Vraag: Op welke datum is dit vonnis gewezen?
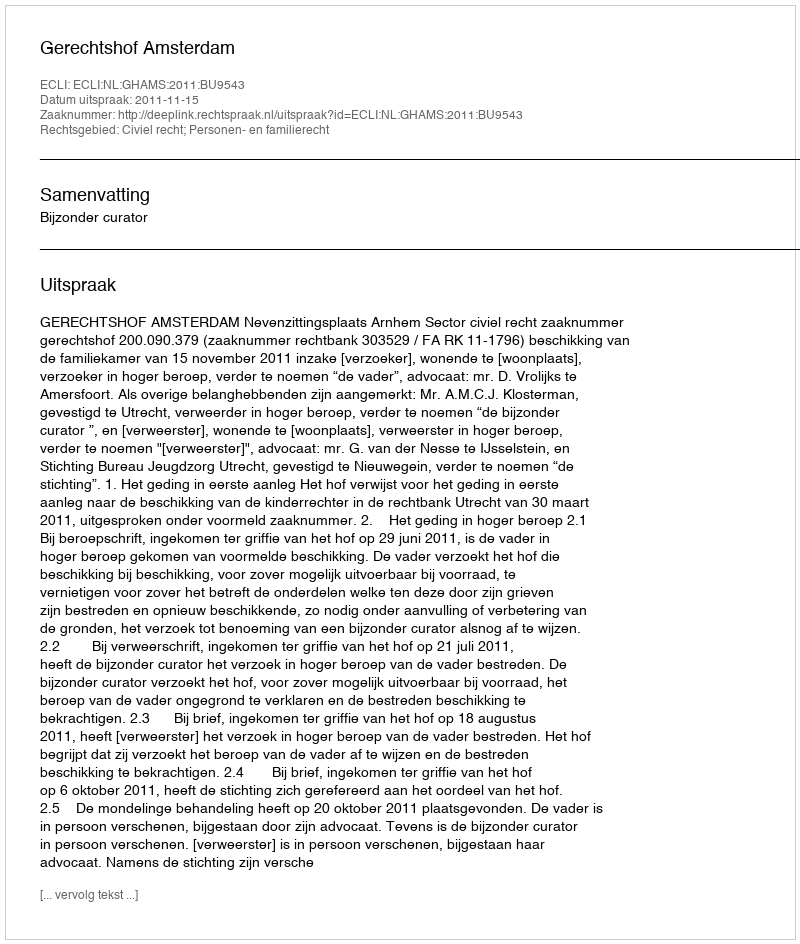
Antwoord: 2011-11-15